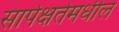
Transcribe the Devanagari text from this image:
सापेक्षतेमधील